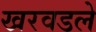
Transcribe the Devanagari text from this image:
खरवडले